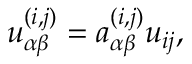
u _ { \alpha \beta } ^ { ( i , j ) } = a _ { \alpha \beta } ^ { ( i , j ) } u _ { i j } ,